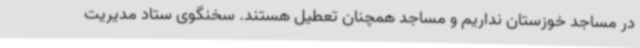
در مساجد خوزستان نداریم و مساجد همچنان تعطیل هستند. سخنگوی ستاد مدیریت